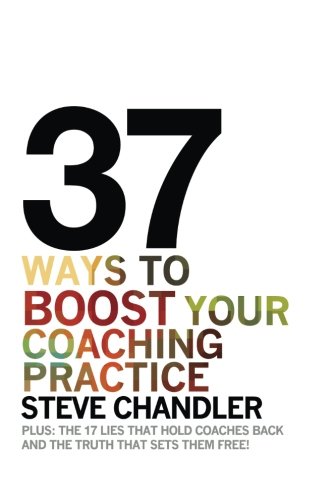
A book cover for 37 Ways to BOOST Your Coaching Practice: PLUS: the 17 Lies That Hold Coaches Back and the Truth That Sets Them Free!; Steve Chandler; Business & Money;